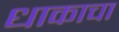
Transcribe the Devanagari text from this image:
धाकाचा